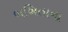
બબિતાના